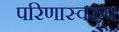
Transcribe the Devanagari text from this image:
परिणास्वरुप